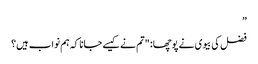
”
فضل کی بیوی نے پوچھا: "تم نے کیسے جانا کہ ہم نواب ہیں؟